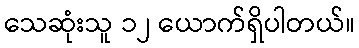
သေဆုံးသူ ၁၂ ယောက်ရှိပါတယ်။